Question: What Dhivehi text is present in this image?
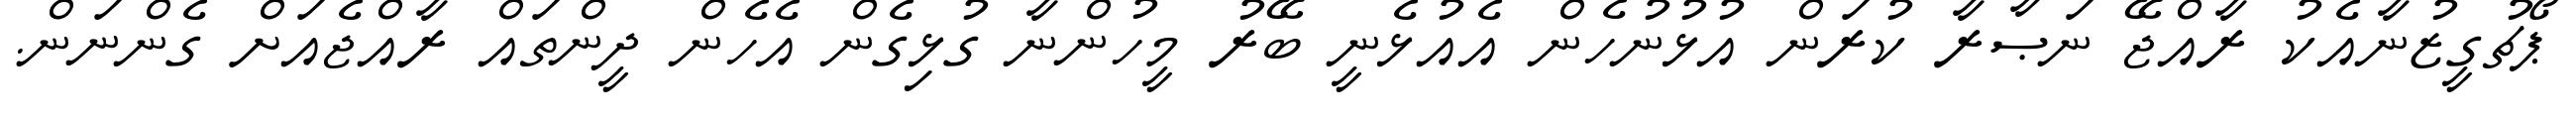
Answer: ޕޯޗުގީޒުނާއެކު ރާއްޖޭ ނަޞާރާ ކުރަން އުޅުނުހެން އެއުޅެނީ ބޭރު މީހުންނާ ގުޅިގެން އެހެން ދީންތައް ރާއްޖެއަށް ގެންނަން.